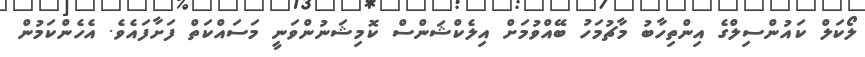
ލޯކަލް ކައުންސިލްގެ އިންތިހާބު މާޗުމަހު ބޭއްވުމަށް އިލެކްޝަންސް ކޮމިޝަނުންވަނީ މަސައްކަތް ފަށާފައެވެ. އެހެންކަމުން